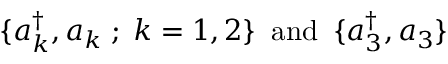
\{ a _ { k } ^ { \dagger } , a _ { k } \; ; \; k = 1 , 2 \} \; \; \mathrm { a n d } \; \; \{ a _ { 3 } ^ { \dagger } , a _ { 3 } \}